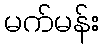
မက်မန်း